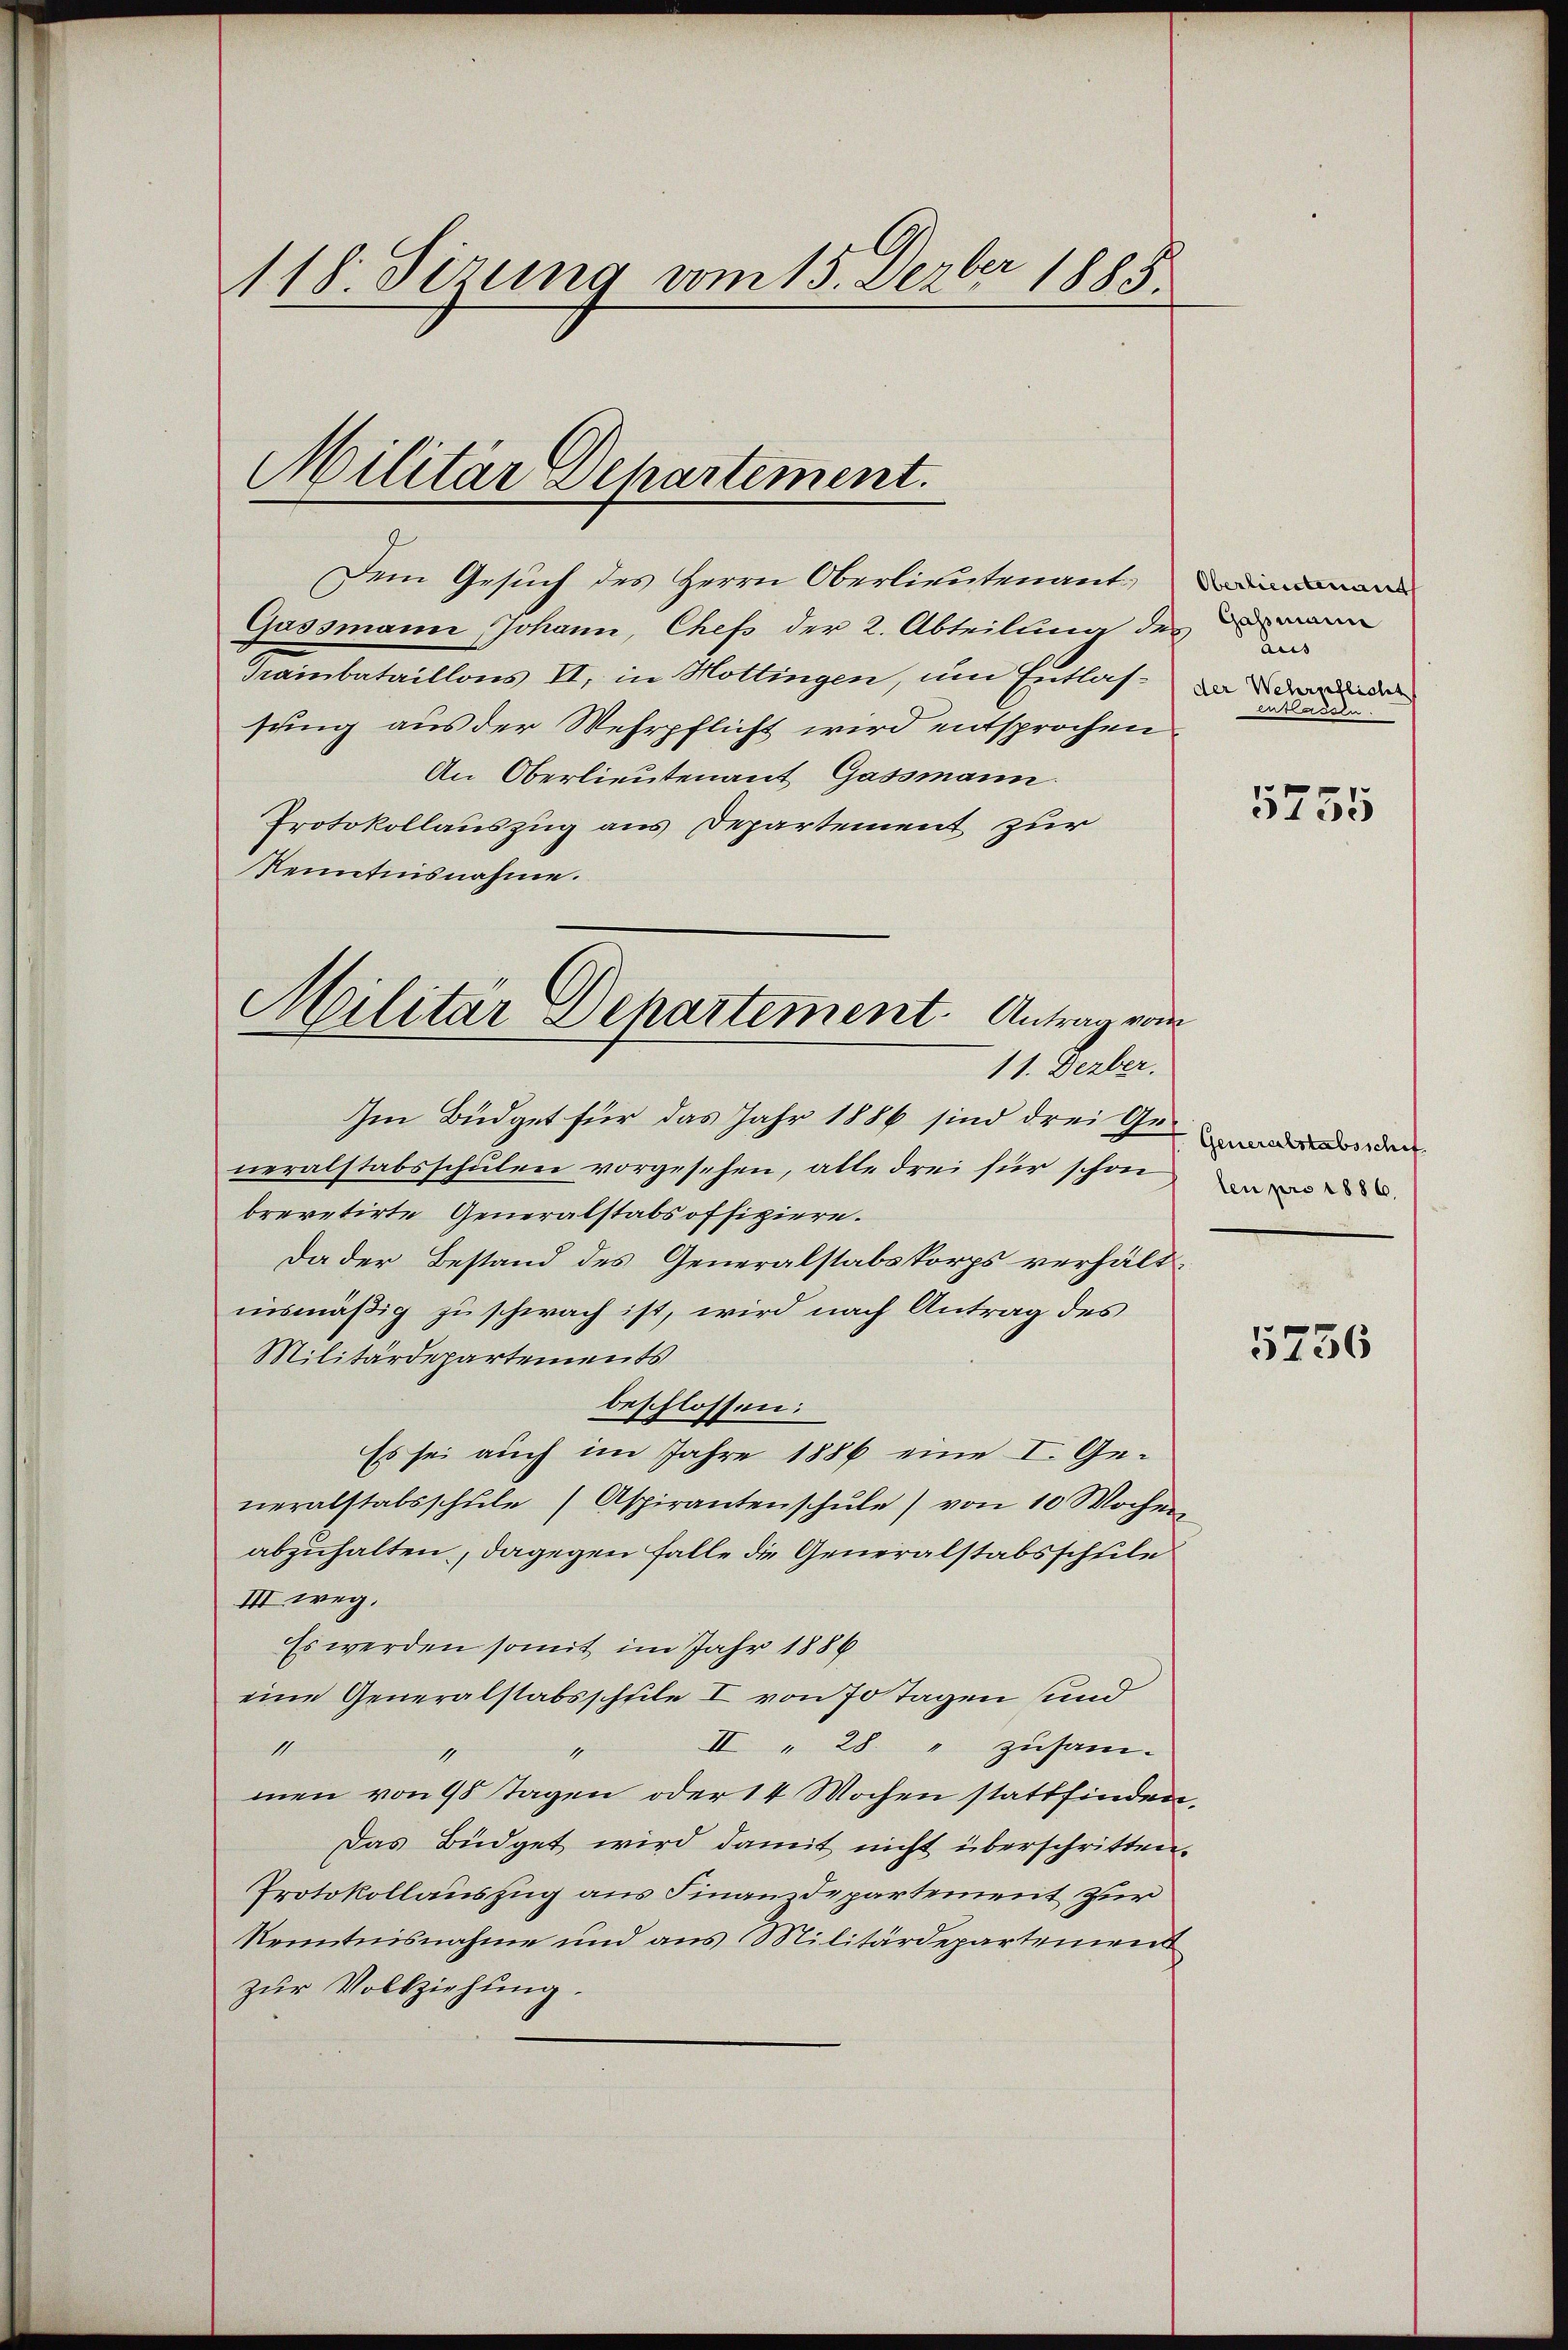
118. Sizung vom 15. Dezbr 1885

Militär Departement.

Militär Departement. Antrag von
11. Derber.

Dem Gesuch des Herrn Oberlieutenant¬
Gassmann Johann, Chefs der 2. Abteilung des
Trainbataillons II, in Hottingen, um Entlassung aus der Wehrpflicht wird entsprochen
An Oberlieutenant Gassmann.
Protokollauszug aus Departement zur
Kenntnisnahme.
Im Büdget für das Jahr 1886 sind drei Geden
neralstabsschulen vorgesehen, alle drei für schon
brevetirte Generalstabsoffiziere.
Da der Bestand des Generalstabskorps verhältnismäßig zu schwach ist, wird nach Antrag des
Militärdepartements
beschlossen:
Es sei auch im Jahre 1886 eine I. Generalstalsschule (Aspirantenschule) von 10 Wochen
abzuhalten, dagegen Falle die Generalstabsschule
III. weg.
Es werden somit im Jahr 1886
eine Generalstabsschule I von 70 Tagen und
11
II " 28 " zusam-
1
1
men von 98 Tagen oder 14 Wochen stattfinden
Das Büdget wird damit nicht überschritten
Protokollauszug aus Finanzdepartement zur
Kenntnisnahme und aus Militärdepartement
zur Vollziehung.

Oberlieutenant
Aus
der Wehrstlicht
entlassen.

5755

len pro 1886.

5756